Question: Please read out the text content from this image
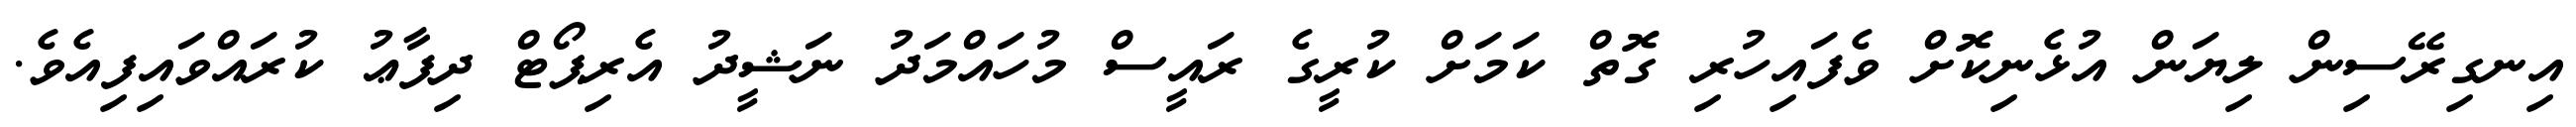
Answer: އިނގިރޭސިން ލިޔަން އުޅެނިކޮށް ވެފައިހުރި ގޮތް ކަމަށް ކުރީގެ ރައީސް މުހައްމަދު ނަޝީދު އެރިޕޯޓް ދިފާޢު ކުރައްވައިފިއެވެ.